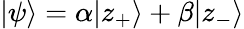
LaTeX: |\psi\rangle=\alpha|z_{+}\rangle+\beta|z_{-}\rangle